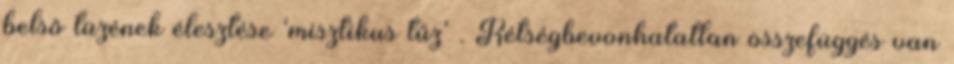
belső tüzének élesztése 'misztikus tűz' . Kétségbevonhatatlan összefüggés van